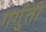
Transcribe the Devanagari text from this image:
गर्गुती